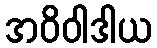
အဝိဝါဒါယ